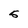
Character: 5